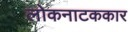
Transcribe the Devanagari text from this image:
लोकनाटककार